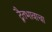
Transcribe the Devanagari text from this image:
द्वैतभावाचा